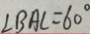
\angle B A C = 6 0 ^ { \circ }